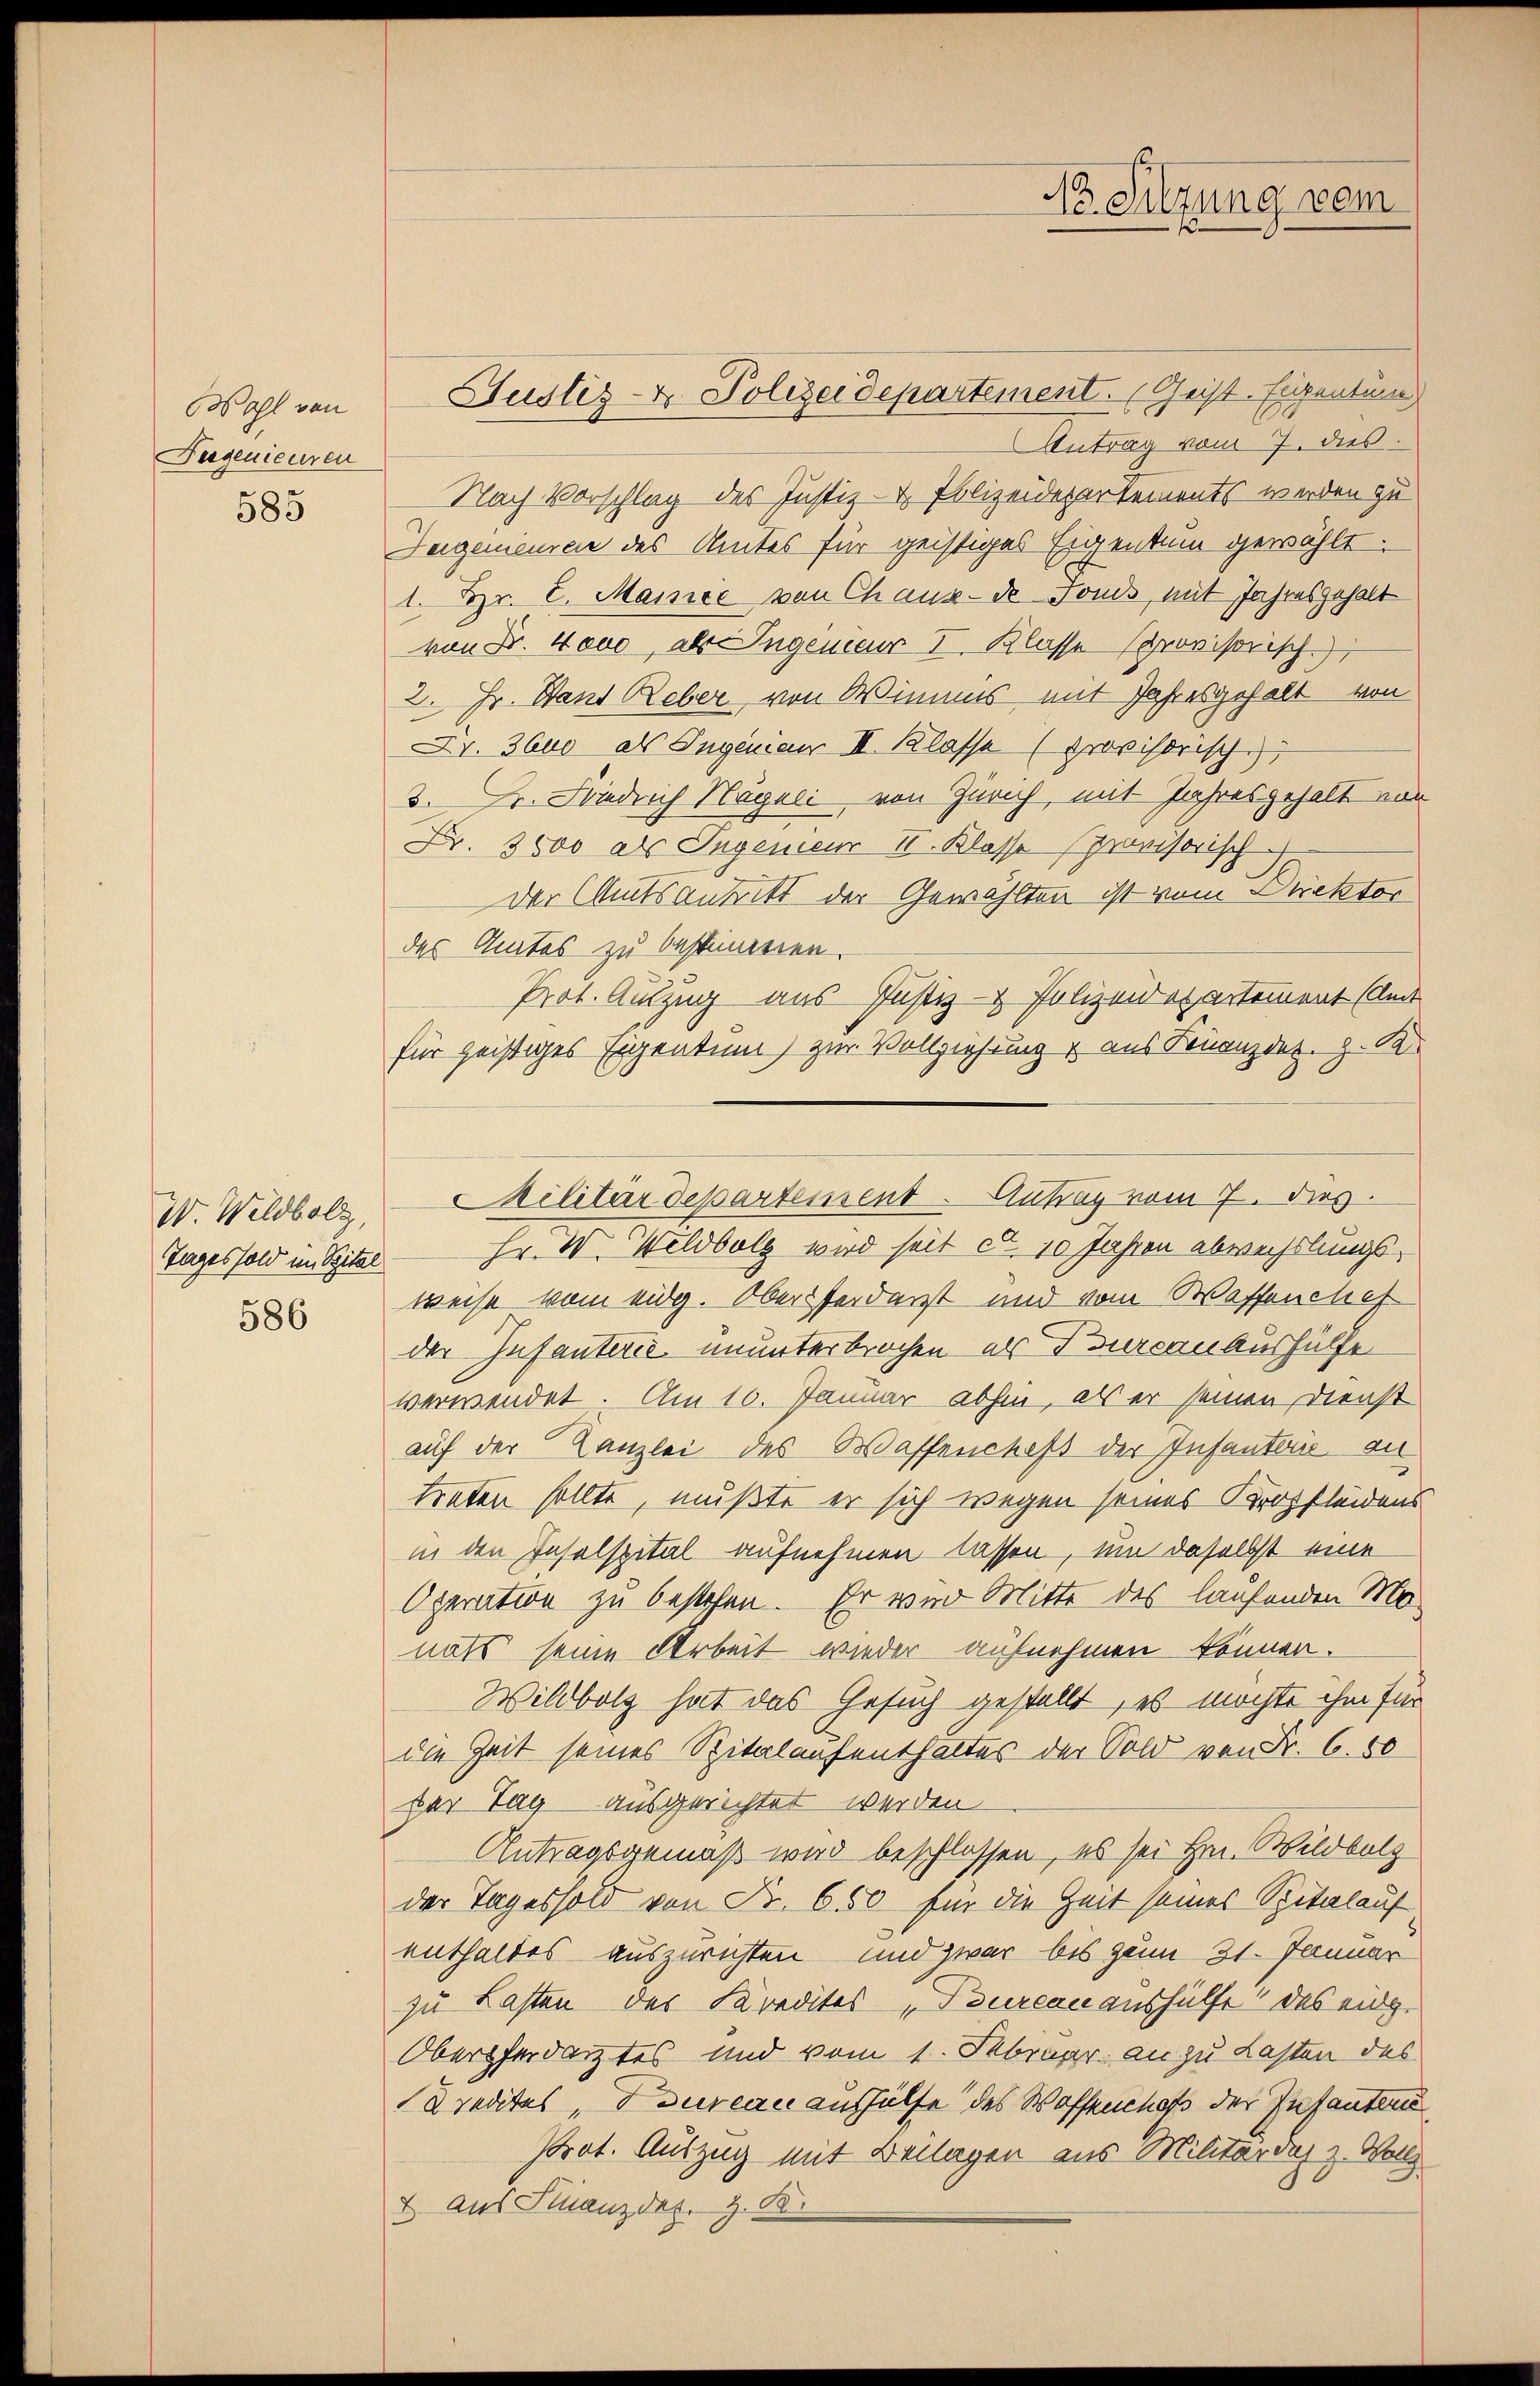
Wahl von
Fugenieuren

585

W. Wildbolz,
Tages sold im Spital

586

Antrag vom 7. dies
Nach Vorschlag des Justiz- & Polizeidepartements werden zu
Jugenieuren des Amtes für geistiges Eigentum gewählt.
1. Hr. E. Mainie von Chaux-de Fonds, mit Jahresgehalt
von Fr. Nove, als Ingeneur I. Klasse provisorisch.
2. Hr. Wand Reber von Wimms mit Jahresgehalt von
Xr. 3600 als Ingenieur III. Klasse (provisorische
3. Fr. Fridrich Hageli, von Zürich, mit Jahresgehalt von
Fr. 3500 als Ingenien II. Klasse provisorisch
der Amtsantritt der Gewählten ist vom Direktor
des Amtes zu bestimmen.
Prot. Auszug aus Justiz- & Polizeidepartement (Amt
für geistiges Eigentum) zur Vollziehung & aus Finanzdes. z. B.
Hr. W. Weldbolz wird seit d. 10 Jahren abwechslungsweise vom eidg. Oberforderst und vom Wassenchef
der Infanterie ununterbrochen, als Turcan Aushülfe
verwendet. Am 10. Januar abhin, als er seinen Dienst
auf der Kanzlei des Waffenches der Infants, an
treten sollte, mußte er sich wegen seines Kropfleidens
in den Inselspital aufnehmen lassen, um daselbst eine
Operation zu bestehen. Er war Mitte des laufenden Monats seine Arbeit wieder aufnehmen können.
Wildbolz hat das Gesuch gestellt, es möchte ihm für
die Zeit seines Spitalaufenthaltes der Sold von Nr. 6. 80
der Tag ausgerichtet werden
Antragsgemäß wird beschlossen, es sei Hrn. Wildbolz
der Tages sold von Fr. 650 für die Zeit seines Spitalauf
enthaltes auszurichten und zwar bis zum 31. Januar
zu Lasten des Kredites „Pourcanaushülfe! Das eidg.
Oberpferdarztes und vom 1. Februar an zu Lasten des
Kredites, Toureau aushülfe des Waffenhof der Infanten
Prot. Auszug mit Beilagen aus Militärdes z. Wolle
& Aus Finanzdes. z. B.

Justiz- & Polizeidepartement. Geist. Eigentum

Militärdepartement. Antrag vom 7. dies

No Sitzung vom